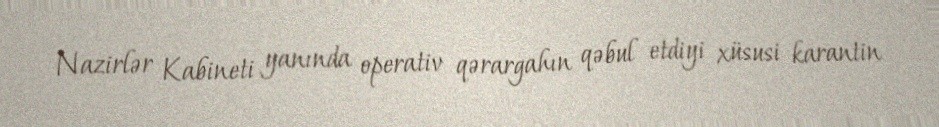
Nazirlər Kabineti yanında operativ qərargahın qəbul etdiyi xüsusi karantin